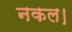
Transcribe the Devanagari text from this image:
नकल।